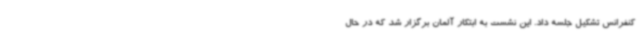
کنفرانس تشکیل جلسه داد. این نشست به ابتکار آلمان برگزار شد که در حال